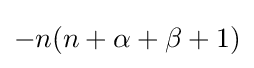
-n(n+\alpha +\beta +1)